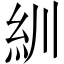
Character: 紃